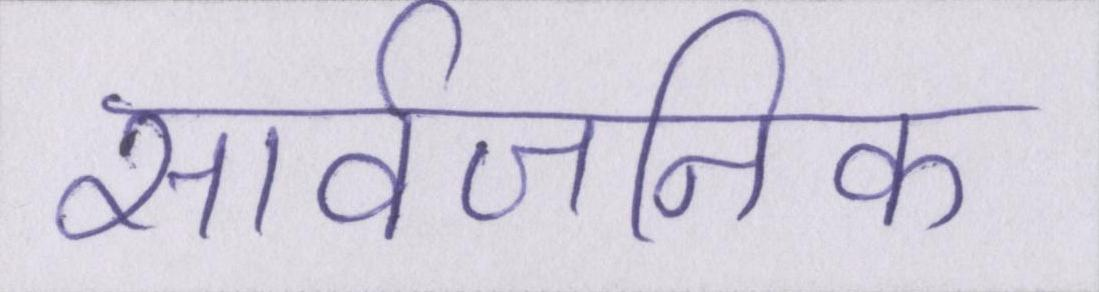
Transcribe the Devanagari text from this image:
सार्वजनिक